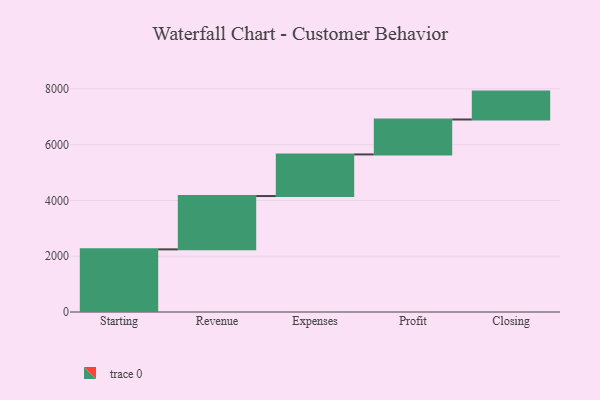
{"axis": {"x": "Step", "y": "Value"}, "legend": [""], "data": [{"x": "Starting", "y": 2246.0, "type": ""}, {"x": "Revenue", "y": 1912.0, "type": ""}, {"x": "Expenses", "y": 1492.0, "type": ""}, {"x": "Profit", "y": 1253.0, "type": ""}, {"x": "Closing", "y": 1000, "type": ""}]}